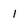
Character: 1